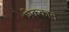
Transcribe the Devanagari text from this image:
मेककाने